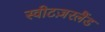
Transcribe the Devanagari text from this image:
स्वीटज़रलैंड